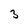
Character: 3